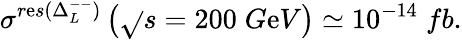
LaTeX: \sigma^{r\mathrm{e}s(\Delta_{L}^{--})}\left(\sqrt{}{{s}}=200\; G\mathrm{e}V\right)\simeq10^{-14}\; fb.